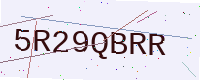
Text: 5R29QBRR